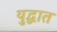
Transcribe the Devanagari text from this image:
युद्घात